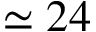
\simeq 2 4